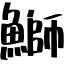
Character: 鰤